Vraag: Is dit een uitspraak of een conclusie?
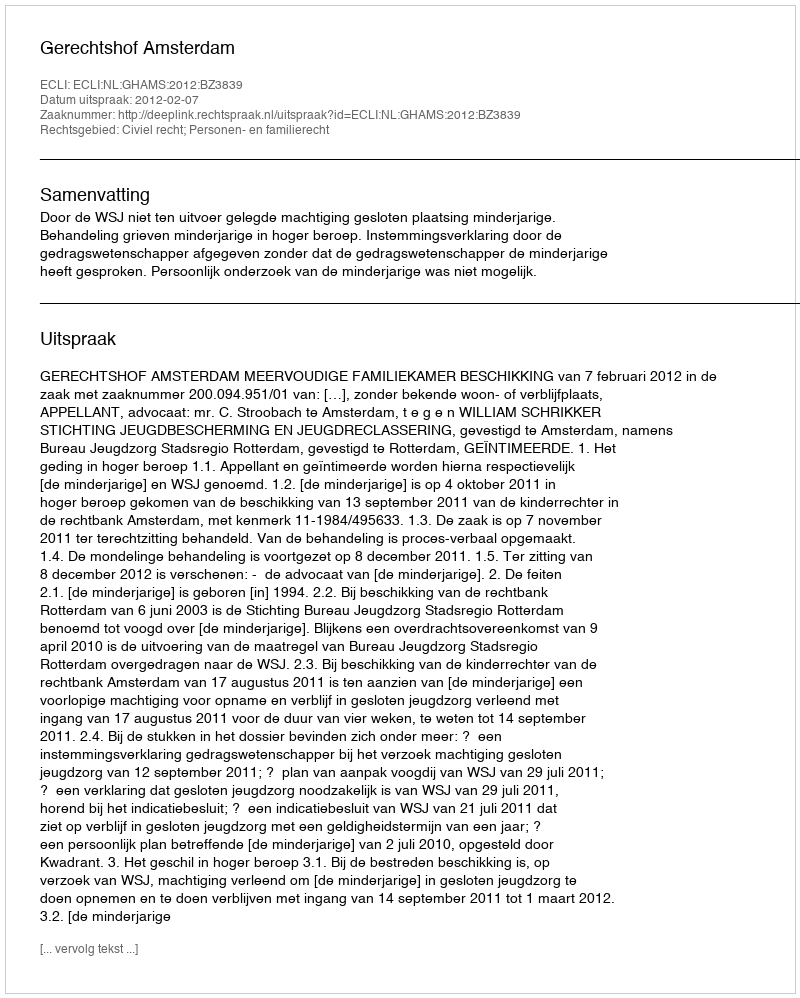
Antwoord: Uitspraak